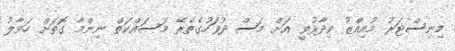
މިނިސްޓަރު މުއިއްޒު ވިދާޅުވީ އަށް މަސް ދުވަހުގެތެރޭ މަސައްކަތް ނިންމާ ގޮތަށް ހަވާލު